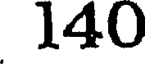
140